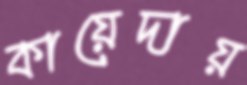
কায়েদায়